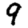
Digit: 9